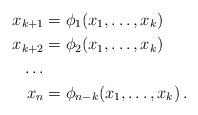
LaTeX: \begin{align*}x_{k+1}&=\phi_1(x_1,\dots,x_k)\\ x_{k+2}&= \phi_2(x_1,\dots,x_k)\\ \dots\\ x_{n}&=\phi_{n-k}(x_1,\dots,x_k) \,.\end{align*}